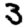
Digit: 3